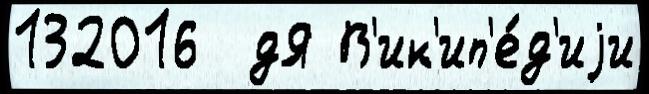
132016  дЯ В'ик'ип'е́д'иjи